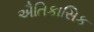
ઐતિકાસિક